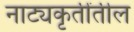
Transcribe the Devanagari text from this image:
नाट्यकृतींतील